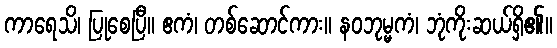
ကာရေသိ၊ ပြုစေပြီ။ ဧကံ၊ တစ်ဆောင်ကား။ နဝဘုမ္မကံ၊ ဘုံကိုးဆယ်ရှိ၏။